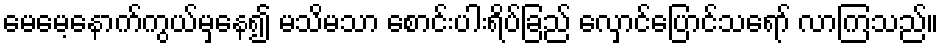
မေမေ့နောက်ကွယ်မှနေ၍ မသိမသာ စောင်းပါးရိပ်ခြည် လှောင်ပြောင်သရော် လာကြသည်။